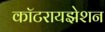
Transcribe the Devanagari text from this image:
कॉटरायझेशन